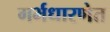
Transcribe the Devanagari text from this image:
गर्भधारणेत